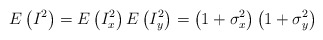
\begin{align*}E\left( {{I}^{2}} \right)=E\left( I_{x}^{2} \right)E\left( I_{y}^{2} \right)=\left( 1+\sigma _{x}^{2} \right)\left( 1+\sigma _{y}^{2} \right)\end{align*}